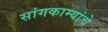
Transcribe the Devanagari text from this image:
सांगकाम्यांचे